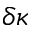
\delta \kappa